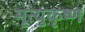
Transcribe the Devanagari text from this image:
मृत्युकृष्ण